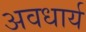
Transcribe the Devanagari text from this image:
अवधार्य